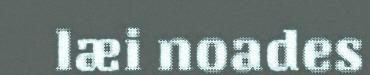
læi noades